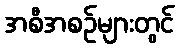
အစီအစဉ်များတွင်